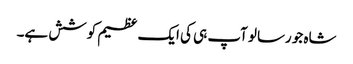
شاہ جو رسالو آپ ہی کی ایک عظیم کوشش ہے۔